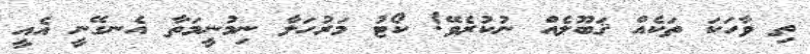
ތި ވާހަކަ ތަކެެއް ޤަބޫލެއް ނުކުރެވޭ! ކޯޓު މަރުހަލާ ނިމުނީމަތާ އެނގޭނީ އެއީ